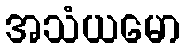
အသံယမော